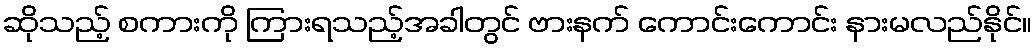
ဆိုသည့် စကားကို ကြားရသည့်အခါတွင် ဗားနက် ကောင်းကောင်း နားမလည်နိုင်။